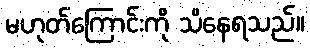
မဟုတ်ကြောင်းကို သိနေရသည်။